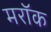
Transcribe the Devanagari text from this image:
मरॉक